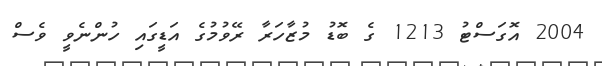
2004 އޮގަސްޓު 1213 ގެ ބޮޑު މުޒާހަރާ ރޭވުމުގެ އަޑީގައި ހުންނެވީ ވެސް